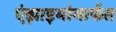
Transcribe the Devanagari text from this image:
एंझाइमांमार्फत